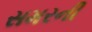
સમરની